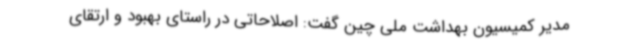
مدیر کمیسیون بهداشت ملی چین گفت:‌ اصلاحاتی در راستای بهبود و ارتقای